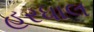
હરધાલ